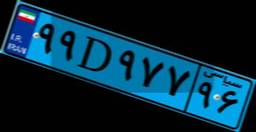
۷۷D۱۰۰۳۶